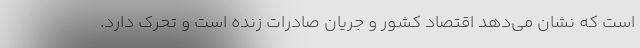
است که نشان می‌دهد اقتصاد کشور و جریان صادرات زنده است و تحرک دارد.